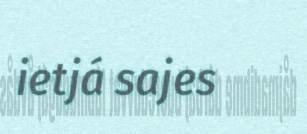
ietjá sajes